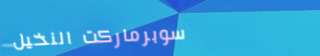
سوبرماركت النخيل